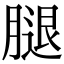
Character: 腿